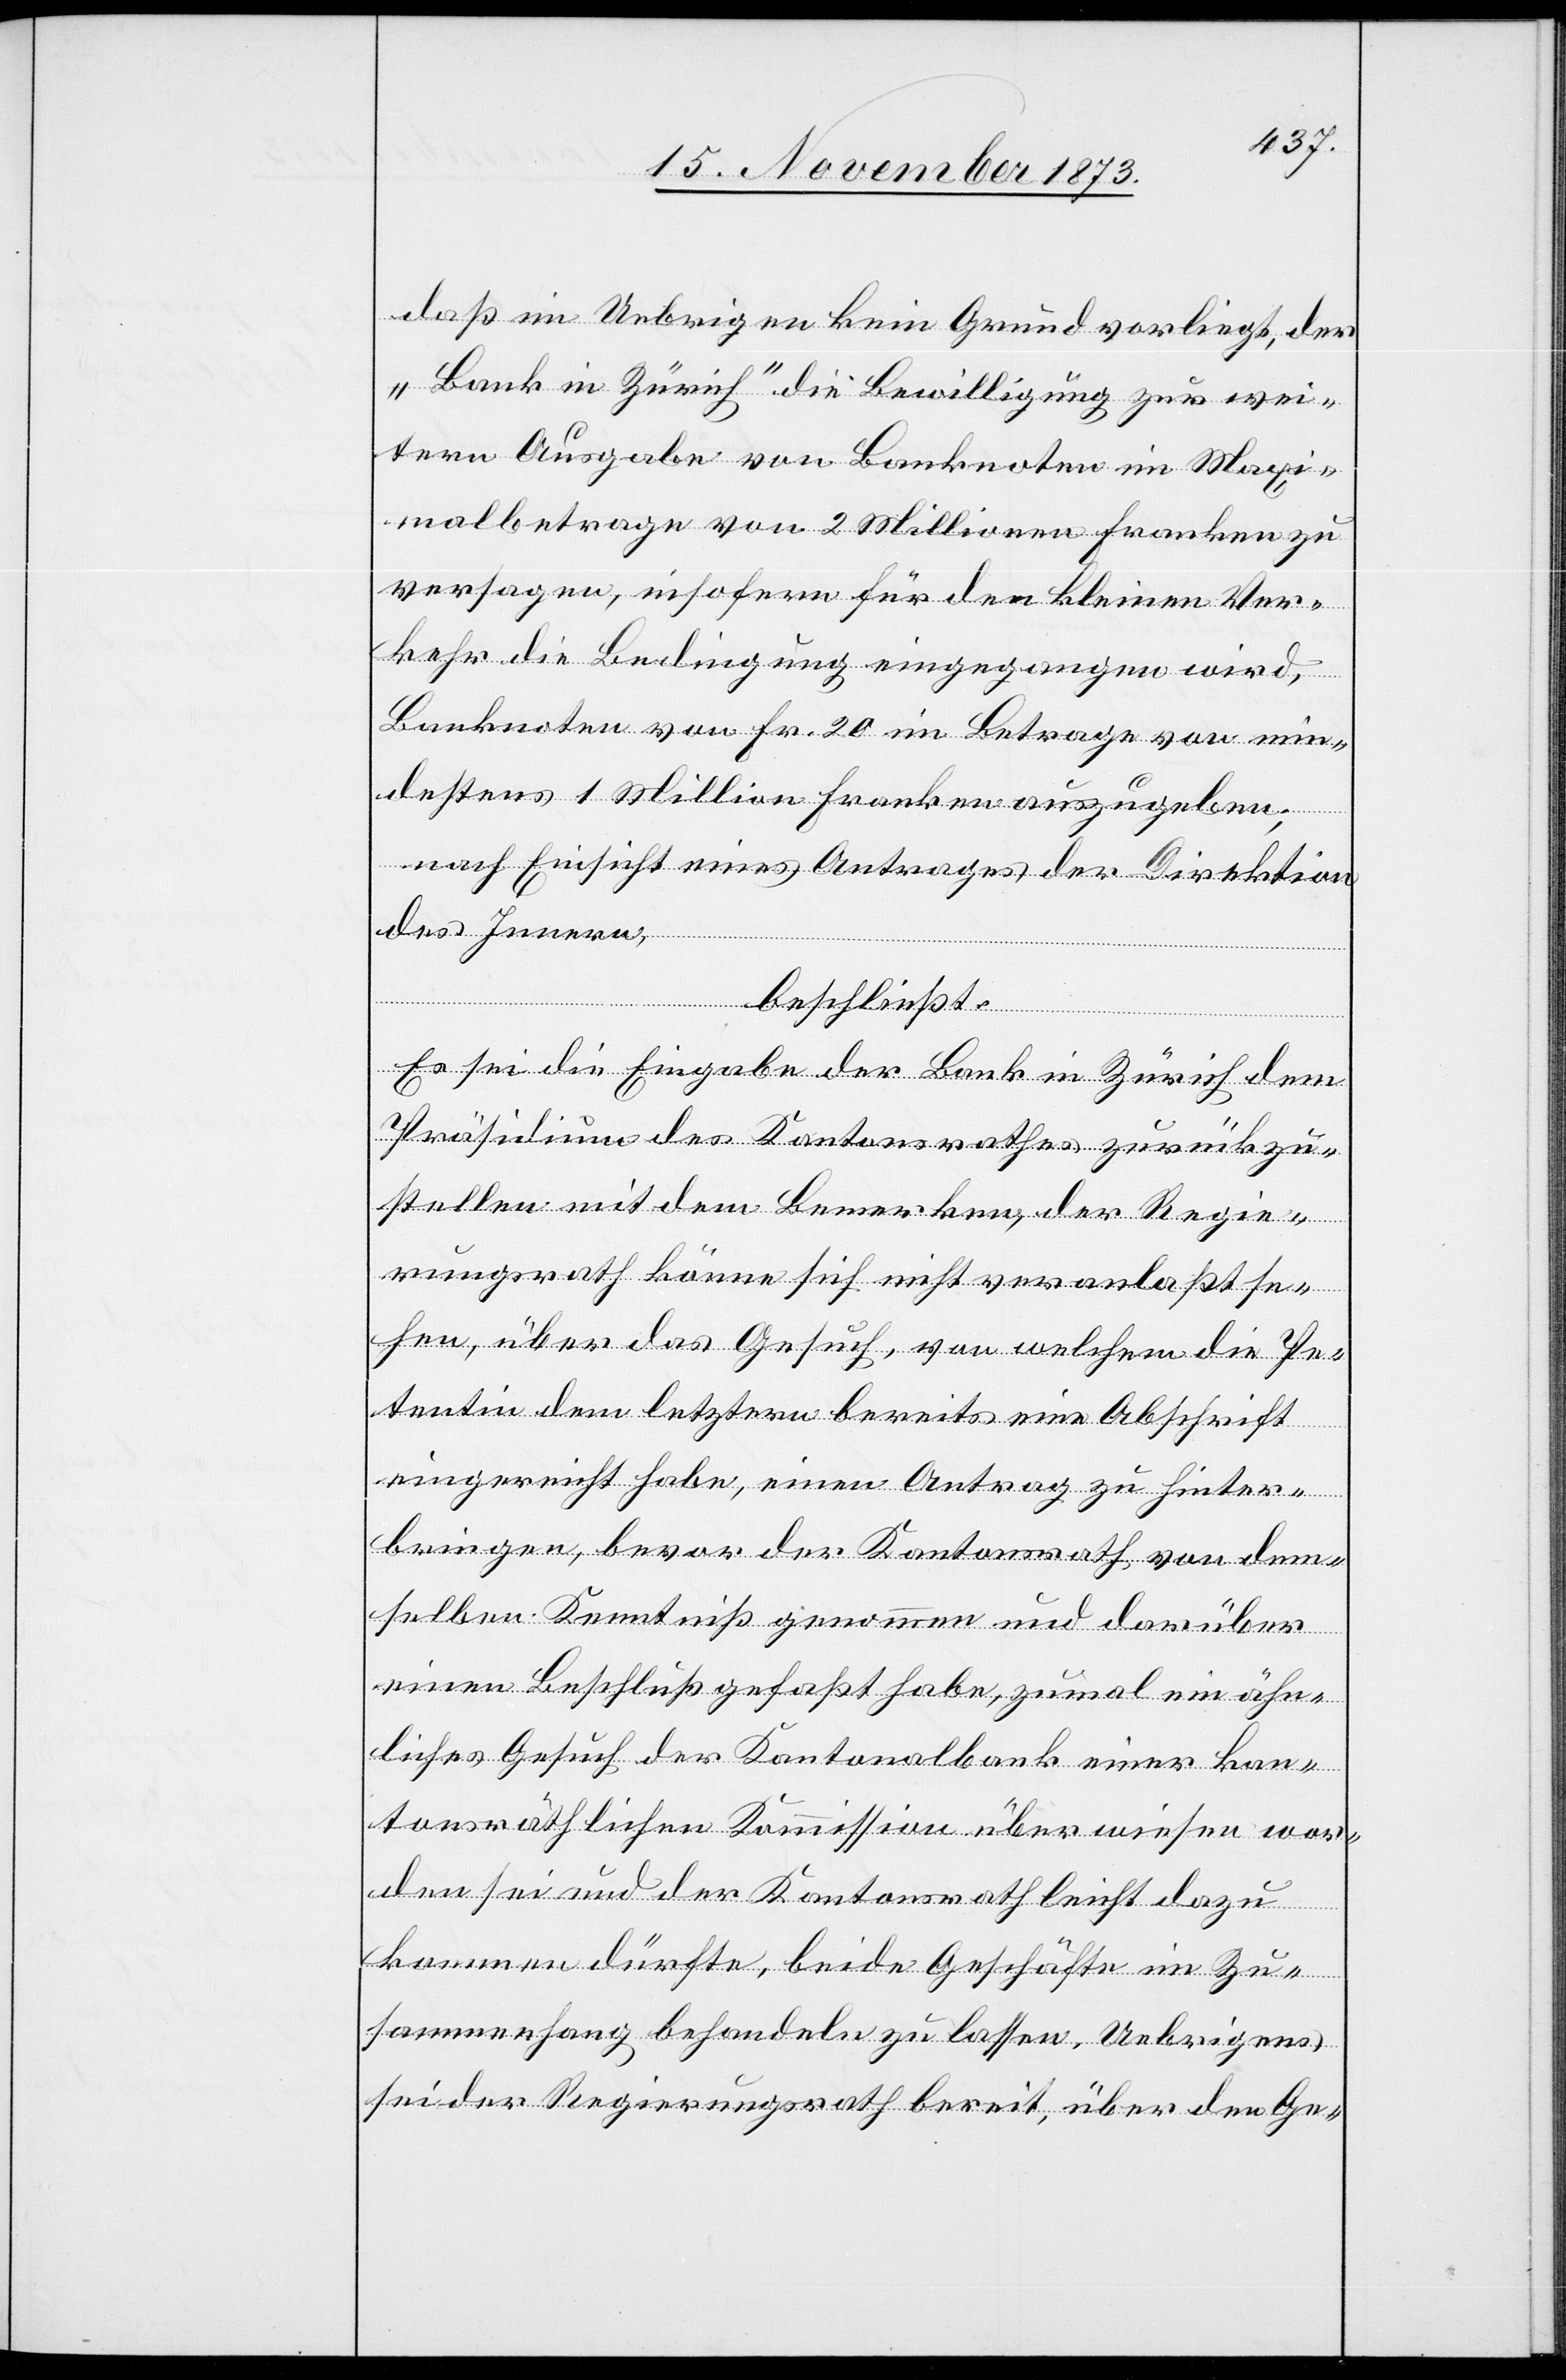
daß im Uebrigen kein Grund vorliegt, der
„Bank in Zürich“ die Bewilligung zur wei¬
tern Ausgabe von Banknoten im Maxi¬
malbetrage von 2 Millionen Franken zu
versagen, insofern für den kleinen Ver¬
kehr die Bedingung eingegangen wird,
Banknoten von Fr. 20 im Betrage von min¬
destens 1 Million Franken auszugeben,
nach Einsicht eines Antrages der Direktion
des Innern,
beschließt:
Es sei die Eingabe der Bank in Zürich dem
Präsidium des Kantonsrathes zurückzu¬
stellen mit dem Bemerken, der Regie¬
rungsrath könne sich nicht veranlaßt se¬
hen, über das Gesuch, von welchem die Pe¬
tentin dem letztern bereits eine Abschrift
eingereicht habe, einen Antrag zu hinter¬
bringen, bevor der Kantonsrath von dem¬
selben Kenntniß genommen und darüber
einen Beschluß gefaßt habe, zumal ein ähn¬
liches Gesuch der Kantonalbank einer kan¬
tonsräthlichen Kommission überwiesen wor¬
den sei und der Kantonsrath leicht dazu
kommen dürfte, beide Geschäfte im Zu¬
sammenhang behandeln zu lassen. Uebrigens
sei der Regierungsrath bereit, über den Ge-